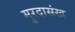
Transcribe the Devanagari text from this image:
मुरदासंख